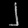
Digit: ၂